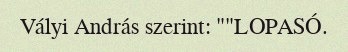
Vályi András szerint: ""LOPASÓ.